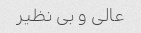
عالی و بی نظیر